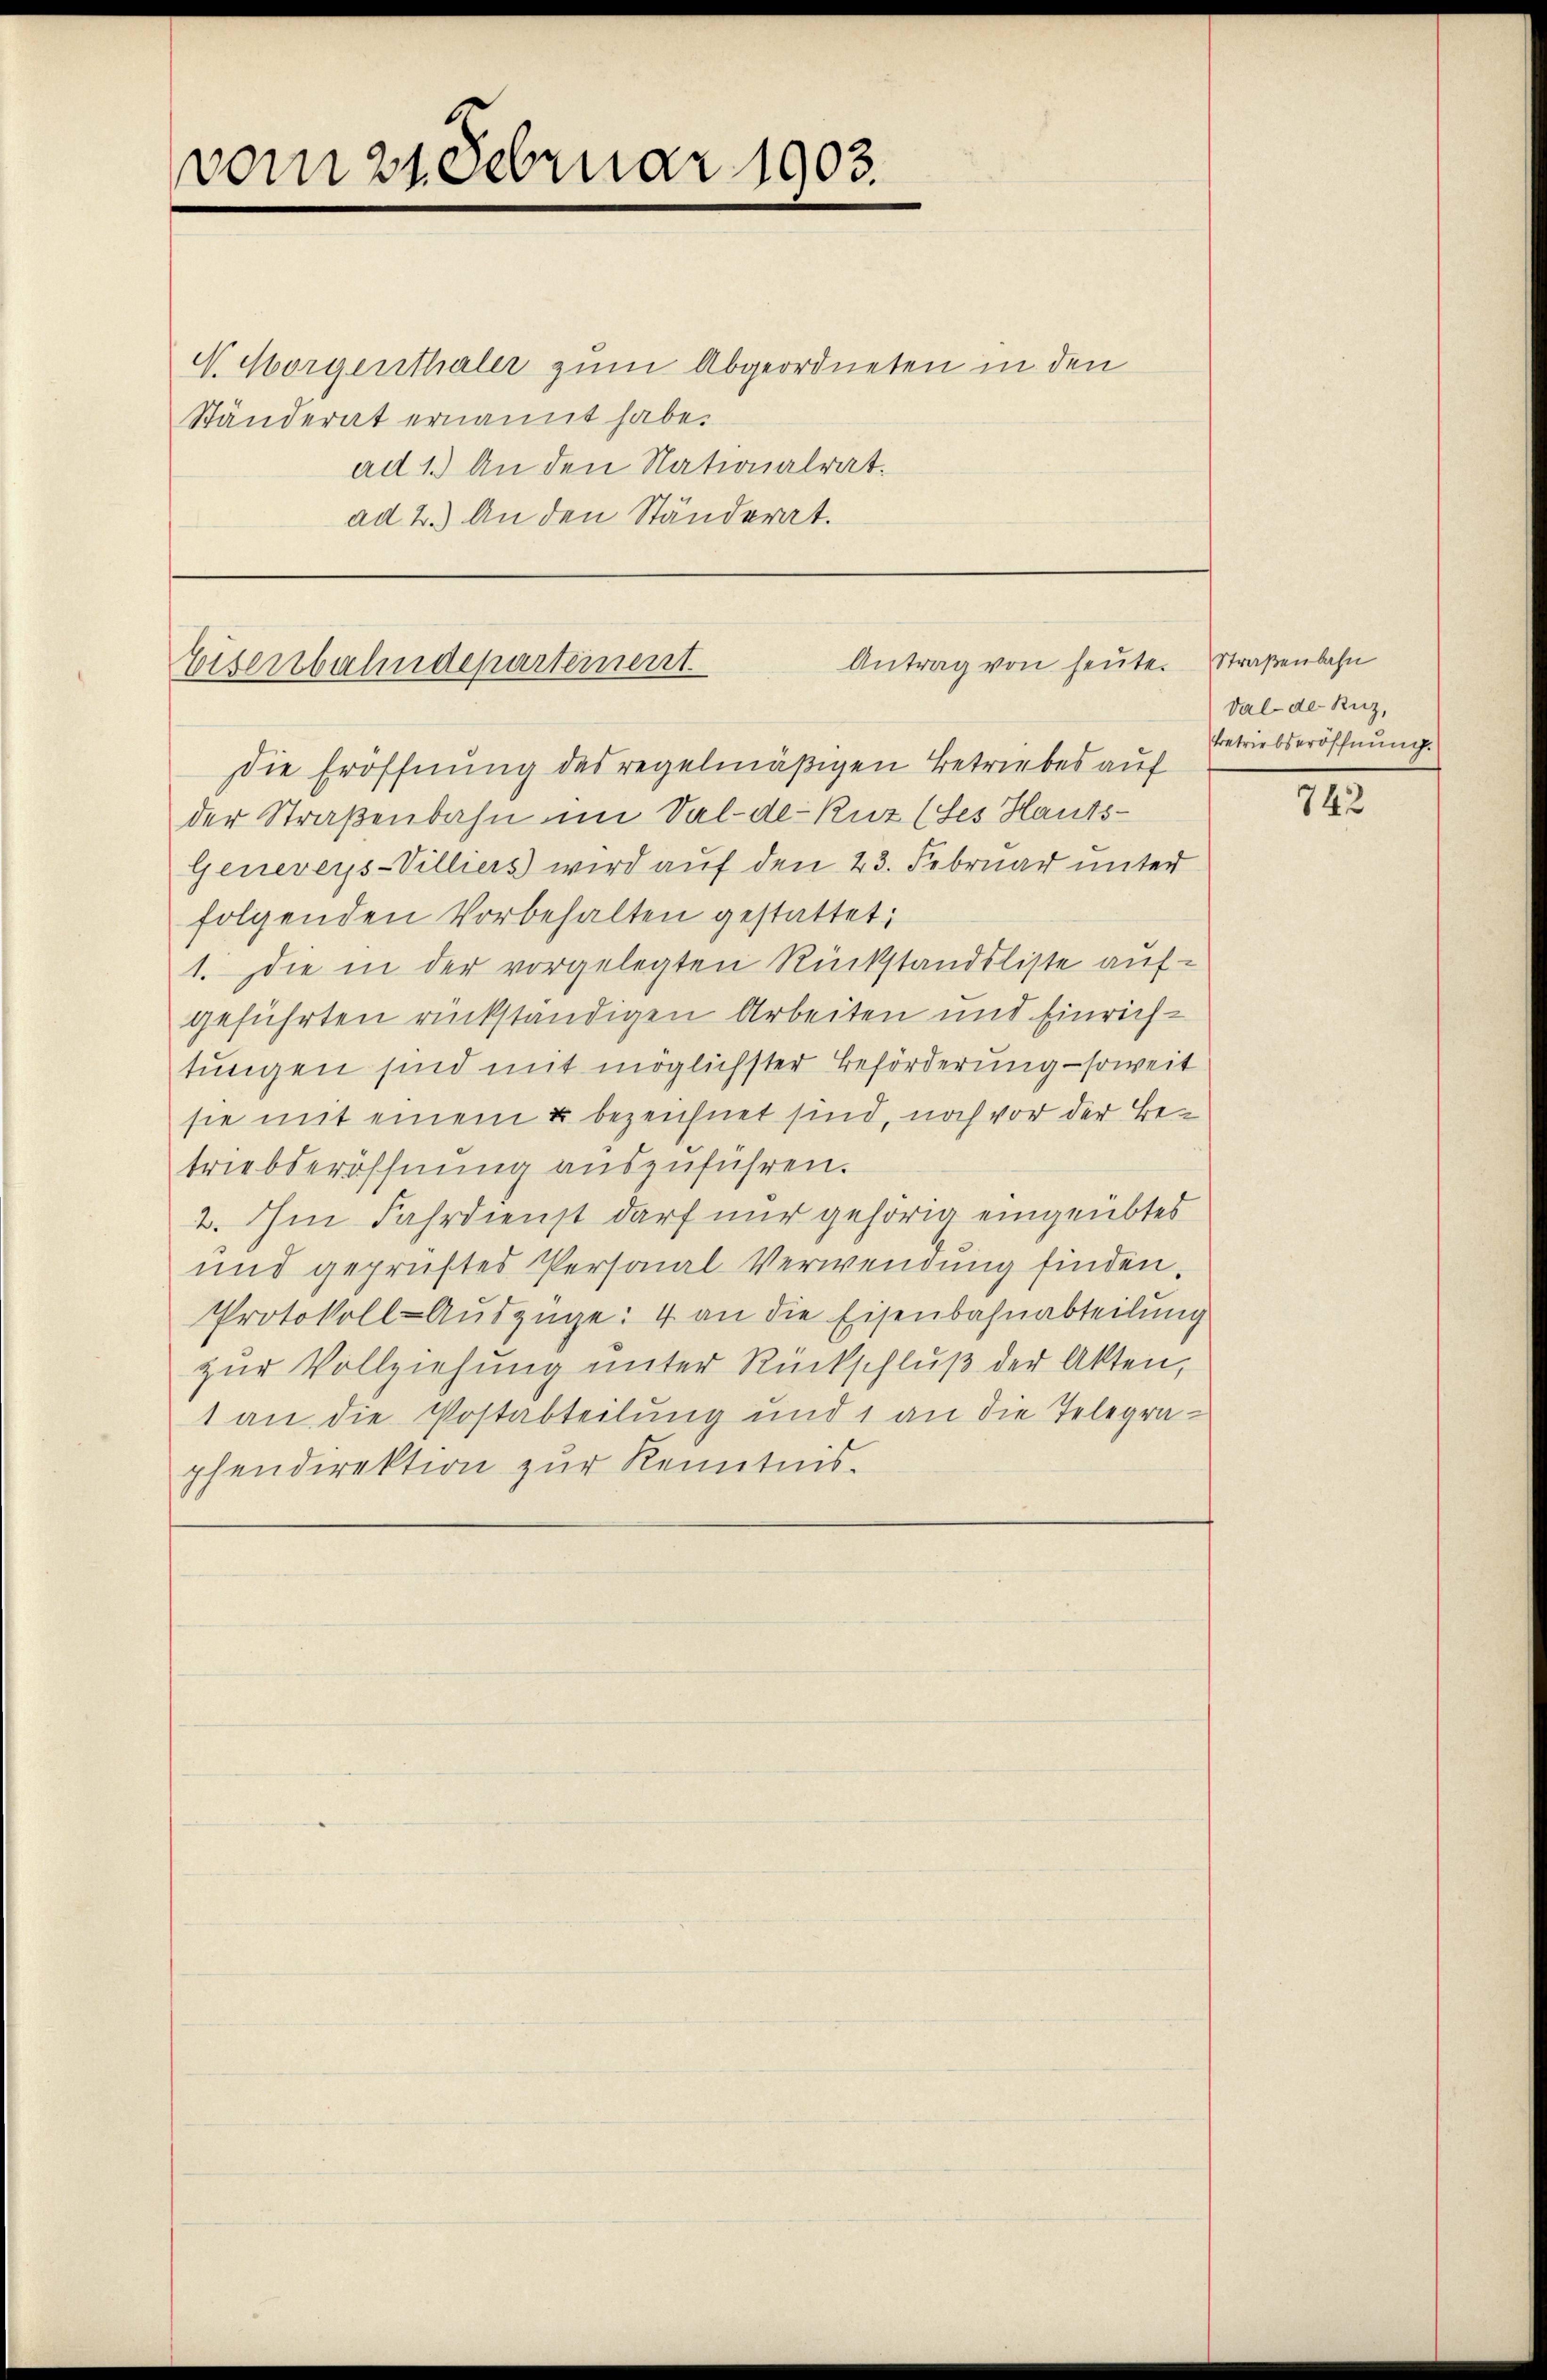
vom 21. Februar 1903.

N. Morgenthaler zum Abgeordneten in den
Ständerat ernannt habe.
ad 1.) An den Nationalrat.
ad 2.) An den Ständerat.

Antrag von heute.
Eisenbahndepartement

Die Eröffnung des regelmäßigen Betriebes auf
der Straßenbahn im Sal-de-Ruz (des Hauts-
Genereys-Villiers wird auf den 23. Februar unter
folgenden Vorbehalten gestattet;
1. Die in der vorgelegten Rückstandsliste aufgeführten rückständigen Arbeiten und Einrichtungen sind mit möglichster Beförderung – soweit
sie mit einem u bezeichnet sind, noch vor der Betriebderöffnung auszuführen.
2. Im Fahrdienst darf nur gehörig eingeübtes
und geprüftes Personal-Verwendung finden.
Protokoll-Aŭszüge: 4 an die Eisenbahnabteilung
zur Vollziehung unter Rückschluß der Akten,
1 an die Postabteilung und 1 an die Telegraphendirektion zŭr Kenntnis.

Straßenbahn
Val der Kuz,
Betriebseröffnung.

742